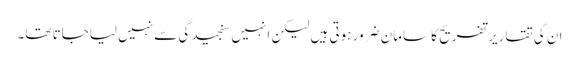
ان کی تقاریر تفریح کا سامان ضرور ہوتی ہیں لیکن انہیں سنجیدگی سے نہیں لیاجاتا تھا۔